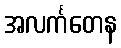
အလင်္ကတေန